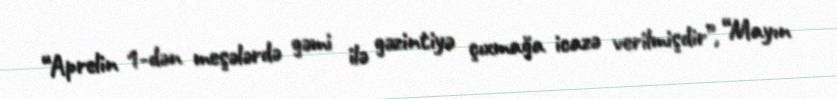
“Aprelin 1-dən meşələrdə gəmi ilə gəzintiyə çıxmağa icazə verilmişdir”, “Mayın